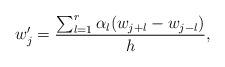
LaTeX: \begin{align*}w'_j=\frac{\sum_{l=1}^{r}\alpha_{l}(w_{j+l}-w_{j-l})}{h},\end{align*}